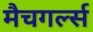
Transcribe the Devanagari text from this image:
मैचगर्ल्स